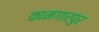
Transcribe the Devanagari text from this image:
कामगारपुर